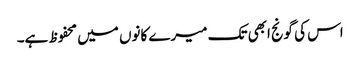
اس کی گونج ابھی تک میرے کانوں میں محفوظ ہے۔